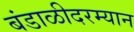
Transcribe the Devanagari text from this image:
बंडाळीदरम्यान